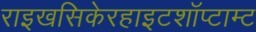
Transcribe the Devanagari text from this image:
राइखसिकेरहाइटशॉप्टाम्ट